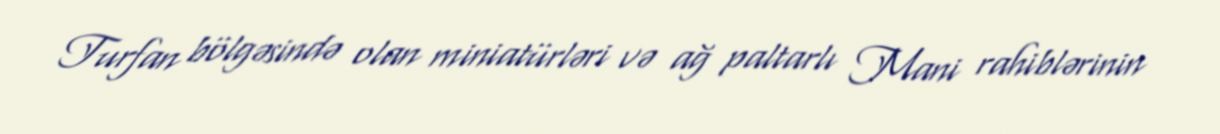
Turfan bölgəsində olan miniatürləri və ağ paltarlı Mani rahiblərinin